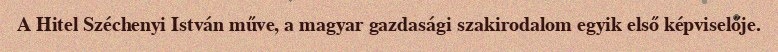
A Hitel Széchenyi István műve, a magyar gazdasági szakirodalom egyik első képviselője.